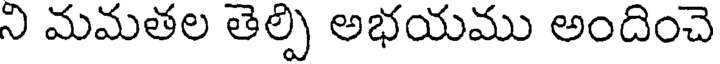
ని మమతల తెల్పి అభయము అందించె